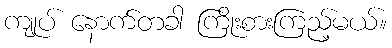
ကျုပ် နောက်တခါ ကြိုးစားကြည့်မယ်။